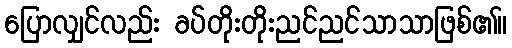
ပြောလျှင်လည်း ခပ်တိုးတိုးညင်ညင်သာသာဖြစ်၏။